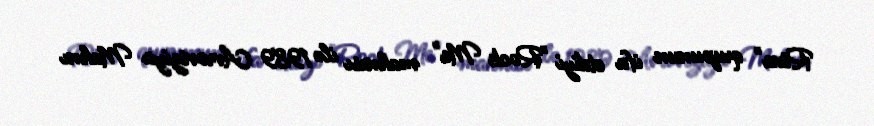
Riva" qrupunun ifa etdiyi "Rock Me" mahnısı ilə 1989 Avroviziya Mahnı